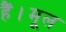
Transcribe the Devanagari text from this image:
हैं।मूल